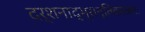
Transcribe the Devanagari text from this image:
दर्शनाद्भ्रान्तिकारकाः